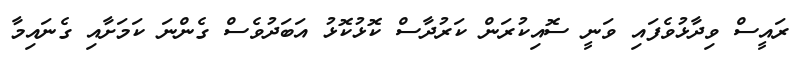
ރައީސް ވިދާޅުވެފައި ވަނީ ސޮއިކުރަން ކަރުދާސް ކޮޅުކޮޅު އަބަދުވެސް ގެންނަ ކަމަށާއި ގެނައިމާ